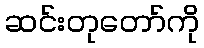
ဆင်းတုတော်ကို